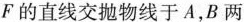
F的直线交抛物线于A，B两